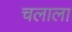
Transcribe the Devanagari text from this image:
चलाला